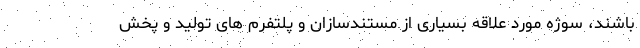
باشند، سوژه مورد علاقه بسیاری از مستندسازان و پلتفرم های تولید و پخش